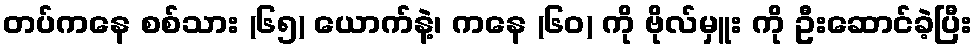
တပ်ကနေ စစ်သား (၆၅) ယောက်နဲ့၊ ကနေ (၆ဝ) ကို ဗိုလ်မှူး ကို ဦးဆောင်ခဲ့ပြီး